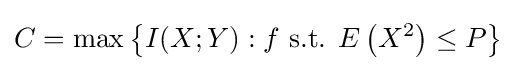
C=\max \left\{I(X;Y):f{\text{ s.t. }}E\left(X^{2}\right)\leq P\right\}\,\!